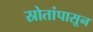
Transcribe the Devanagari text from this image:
स्रोतांपासून